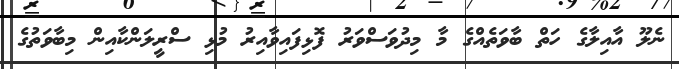
ނެލޫ އާއިލާގެ ހަތް ބާވަތެއްގެ މާ މިދުވަސްވަރު ފޮޅިފައިވާއިރު މުޅި ސްރީލަންކާއިން މިބާވަތުގެ